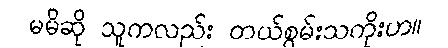
မမိဆို သူကလည်း တယ်စွမ်းသကိုးဟ။